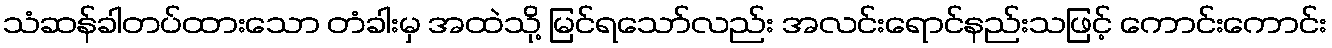
သံဆန်ခါတပ်ထားသော တံခါးမှ အထဲသို့ မြင်ရသော်လည်း အလင်းရောင်နည်းသဖြင့် ကောင်းကောင်း